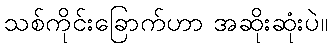
သစ်ကိုင်းခြောက်ဟာ အဆိုးဆုံးပဲ။